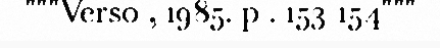
"""Verso , 1985. p . 153-154"""